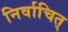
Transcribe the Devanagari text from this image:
निर्वाचित्